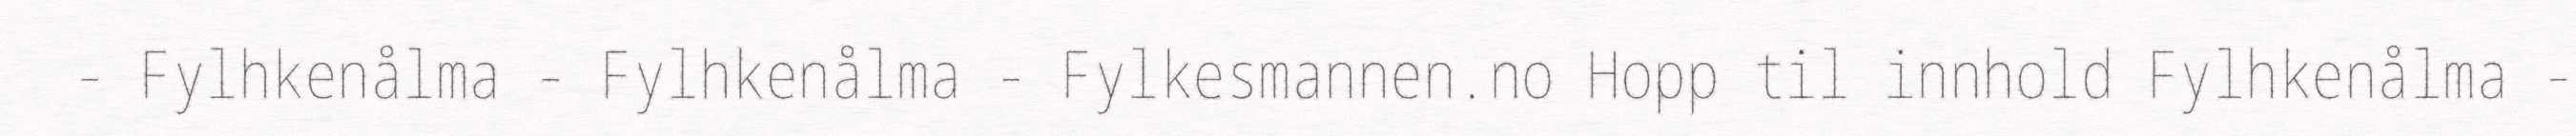
- Fylhkenålma - Fylhkenålma - Fylkesmannen.no Hopp til innhold Fylhkenålma -